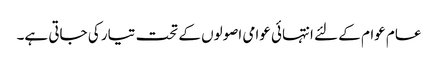
عام عوام کے لئے انتہائی عوامی اصولوں کے تحت تیار کی جاتی ہے۔